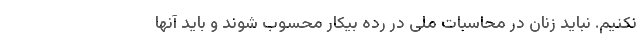
نکنیم. نباید زنان در محاسبات ملی در رده بیکار محسوب شوند و باید آنها